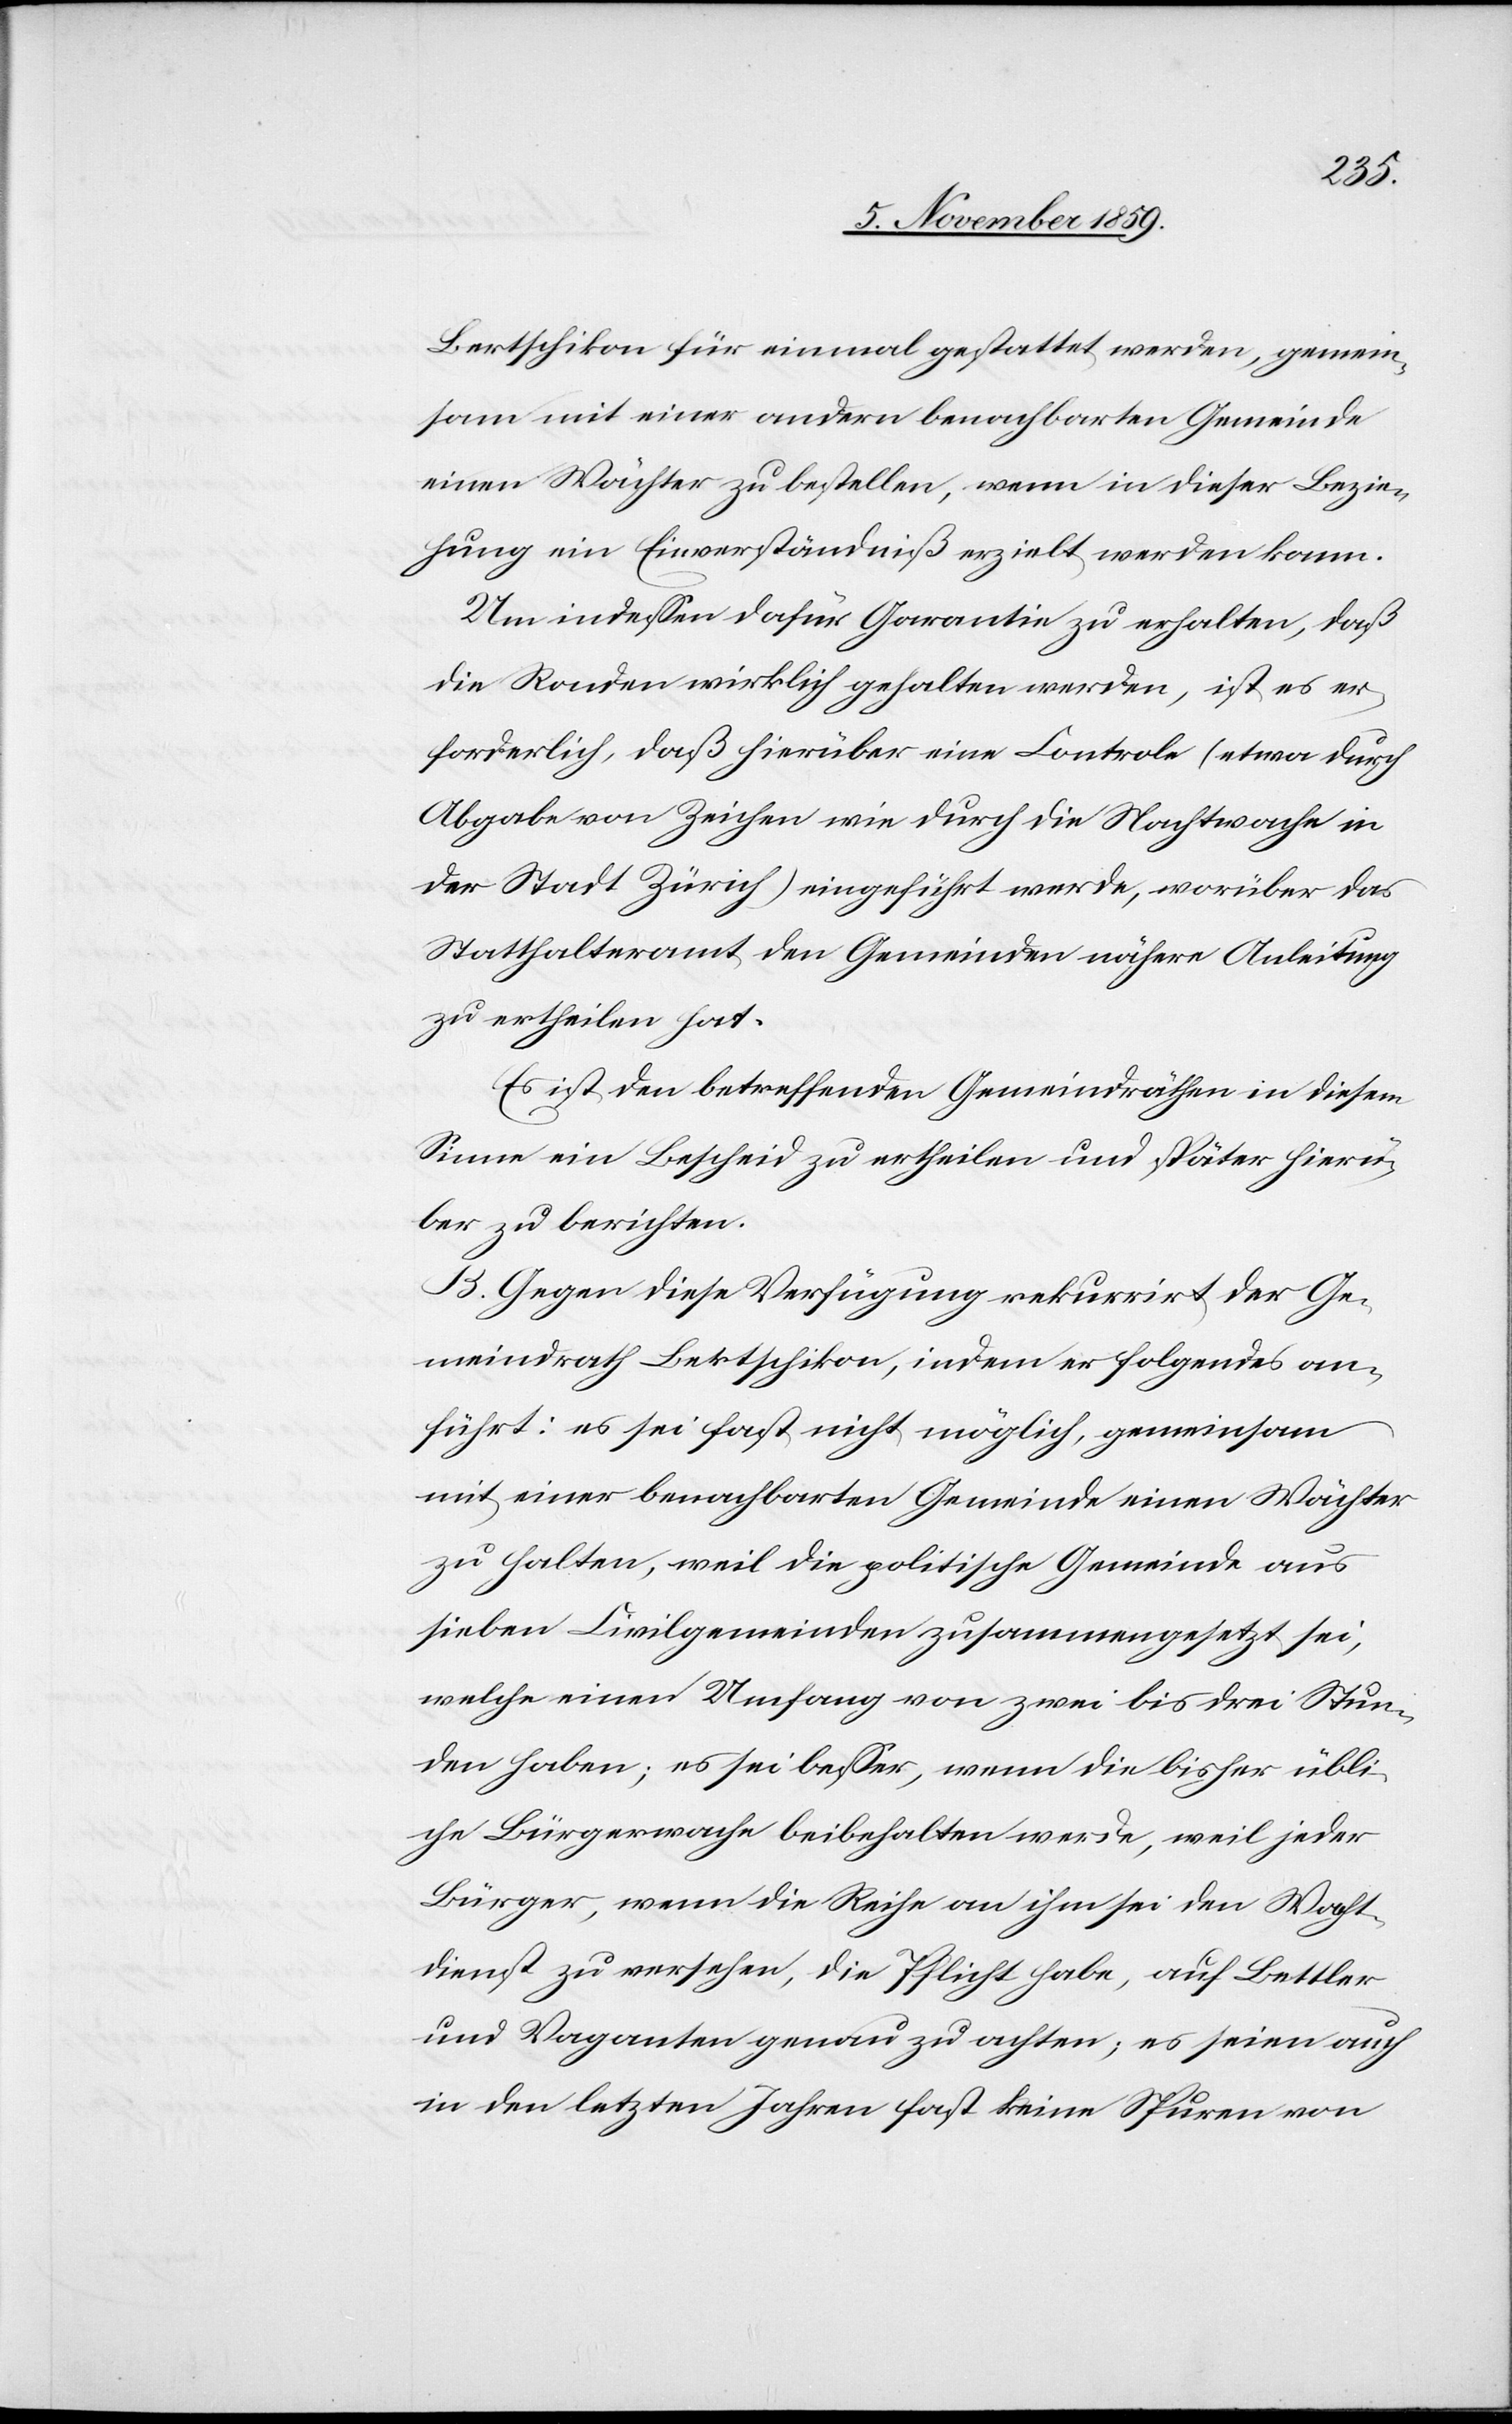
Bertischkon für einmal gestattet werden, gemein¬
sam mit einer andern benachbarten Gemeinde
einen Wächter zu bestellen, wenn in dieser Bezie¬
hung ein Einverständniß erzielt werden kann.
Um indessen dafür Garantie zu erhalten, daß
die Ronden wirklich gehalten werden, ist es er¬
forderlich, daß hierüber eine Controle (etwa durch
Abgabe von Zeichen wie durch die Nachtwache in
der Stadt Zürich) eingeführt werde, worüber das
Statthalteramt den Gemeinden nähere Anleitung
zu ertheilen hat.
Es ist den betreffenden Gemeindräthen in diesem
Sinne ein Bescheid zu ertheilen und später hierü¬
ber zu berichten.[“]
B. Gegen diese Verfügung rekurrirt der Ge¬
meindrath Bertschikon, indem er folgendes an¬
führt: es sei fast nicht möglich, gemeinsam
mit einer benachbarten Gemeinde einen Wächter
zu halten, weil die politische Gemeinde aus
sieben Civilgemeinden zusammengesetzt sei,
welche einen Umfang von zwei bis drei Stun¬
den haben; es sei besser, wenn die bisher übli¬
che Bürgerwache beibehalten werde, weil jeder
Bürger, wenn die Reihe an ihm sei den Wacht¬
dienst zu versehen, die Pflicht habe, auf Bettler
und Vaganten genau zu achten; es seien auch
in den letzten Jahren fast keine Spuren von